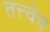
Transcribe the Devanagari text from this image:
तत्त्वेच